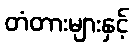
တံတားများနှင့်